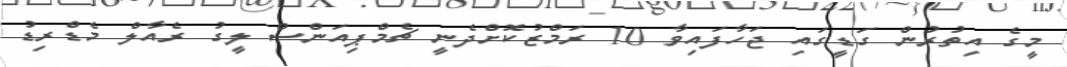
މީގެ އިތުރުން ގަޑީގައި ޖަހާފައިވާ 10 ރަމްޒުކޮށްދެނީ ޗެމްޕިއަންސް ލީގު ރެއާލް މެޑްރިޑު